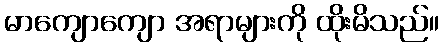
မာကျောကျော အရာများကို ထိုးမိသည်။